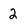
Character: 2